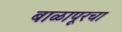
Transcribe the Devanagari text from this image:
बाळापूरचा